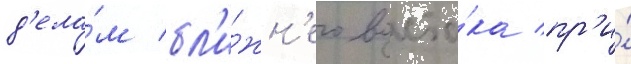
д'ела́м бл'и́жн'его восто́ка пр'и́